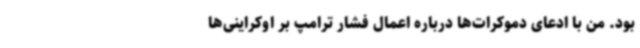
بود. من با ادعای دموکرات‌ها درباره اعمال فشار ترامپ بر اوکراینی‌ها